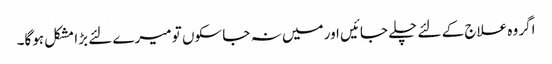
اگر وہ علاج کے لئے چلے جائیں اور میں نہ جا سکوں تو میرے لئے بڑا مشکل ہوگا۔